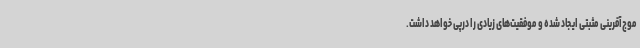
موج‌آفرینی مثبتی ایجاد شده و موفقیت‌های زیادی را درپی خواهد داشت.